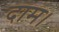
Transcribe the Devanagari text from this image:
दाम।